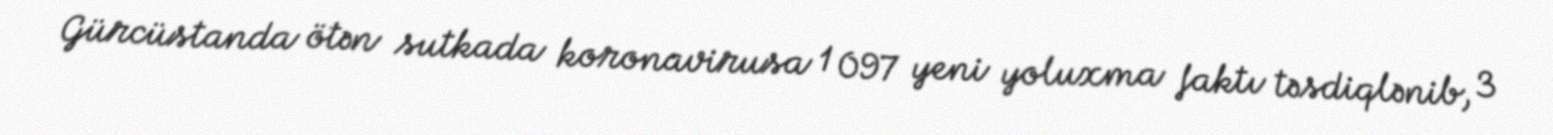
Gürcüstanda ötən sutkada koronavirusa 1 097 yeni yoluxma faktı təsdiqlənib, 3